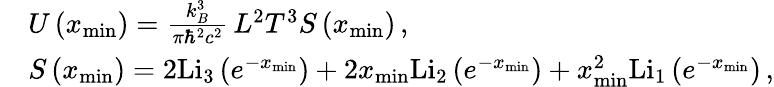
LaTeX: \begin{array}{rl}&{U\left(x_{\operatorname*{min}}\right)=\frac{k_{B}^{3}}{\pi\hbar^{2}c^{2}}\, L^{2}T^{3}S\left(x_{\operatorname*{min}}\right)\, ,}\\ &{S\left(x_{\operatorname*{min}}\right)=2\mathrm{Li}_{3}\left(e^{-x_{\operatorname*{min}}}\right)+2x_{\operatorname*{min}}\mathrm{Li}_{2}\left(e^{-x_{\operatorname*{min}}}\right)+x_{\operatorname*{min}}^{2}\mathrm{Li}_{1}\left(e^{-x_{\operatorname*{min}}}\right)\, ,}\end{array}